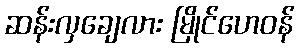
ဆန်းလှချေလား မြိုင်ဟေဝန်